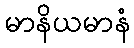
မာနိယမာနံ